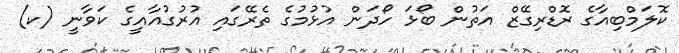
ކޮލަމްބިއާގެ ރޮޑްރިގޭޒް އަތުން ބޯޅަ ހޯދަން އުޅުމުގެ ތެރޭގައި އުރުގުއާއީގެ ކަވާނީ (ކ)